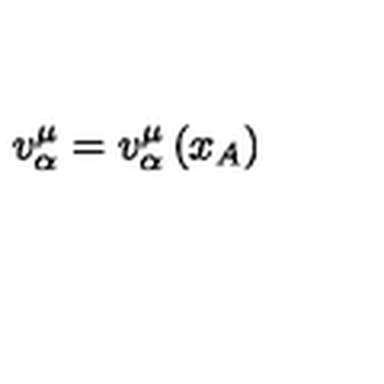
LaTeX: v _ { \alpha } ^ { \mu } = v _ { \alpha } ^ { \mu } \left( x _ { A } \right)